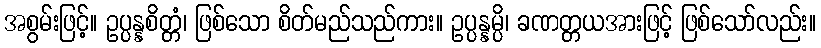
အစွမ်းဖြင့်။ ဥပ္ပန္နစိတ္တံ၊ ဖြစ်သော စိတ်မည်သည်ကား။ ဥပ္ပန္နမ္ပိ၊ ခဏတ္တယအားဖြင့် ဖြစ်သော်လည်း။